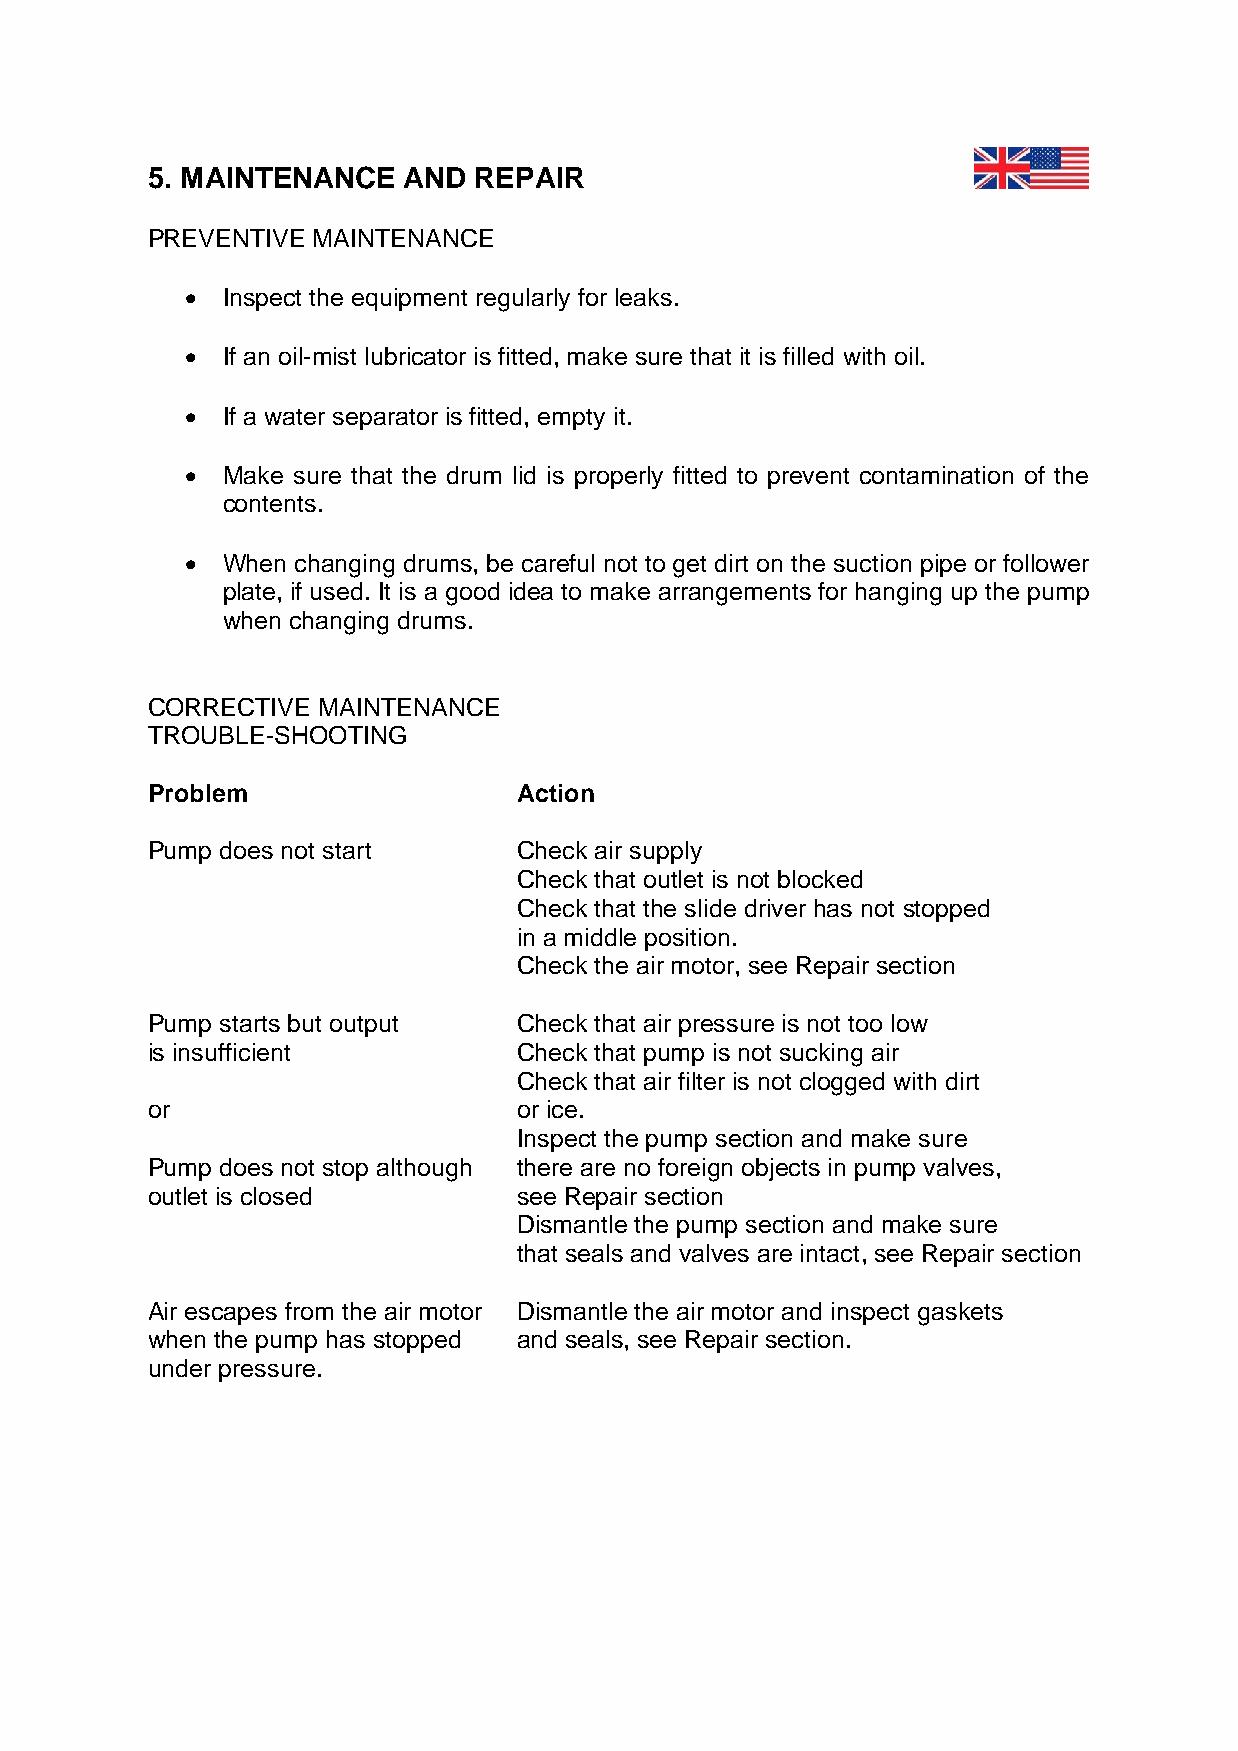
5. MAINTENANCE   AND REPAIR
 PREVENTIVE MAINTENANCE
 •  Inspect the equipment regularly for leaks.
 •  If an oil-mist lubricator is fitted, make sure that it is filled with oil.
 •  If a water separator is fitted, empty it.
 •  Make sure that the drum lid is properly fitted to prevent contamination of the
 contents.
 •  When changing drums, be careful not to get dirt on the suction pipe or follower
 plate, if used. It is a good idea to make arrangements for hanging up the pump
 when changing drums.
 CORRECTIVE MAINTENANCE
 TROUBLE-SHOOTING
 Problem                 Action
 Pump does not start     Check air supply
 Check that outlet is not blocked
 Check that the slide driver has not stopped
 in a middle position.
 Check the air motor, see Repair section
 Pump starts but output  Check that air pressure is not too low
 is insufficient         Check that pump is not sucking air
 Check that air filter is not clogged with dirt
 or                      or ice.
 Inspect the pump section and make sure
 Pump does not stop although there are no foreign objects in pump valves,
 outlet is closed        see Repair section
 Dismantle the pump section and make sure
 that seals and valves are intact, see Repair section
 Air escapes from the air motor Dismantle the air motor and inspect gaskets
 when the pump has stopped and seals, see Repair section.
 under pressure.